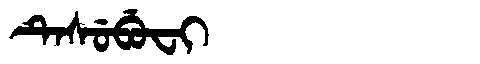
Manchu: ᡨᡝᠰᡠᠪᡠᠸᡳ
Romanization: TESUBUFI